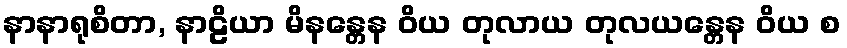
နာနာရုစိတာ, နာဠိယာ မိနန္တေန ဝိယ တုလာယ တုလယန္တေန ဝိယ စ